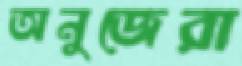
অনুজেরা